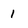
Character: 1